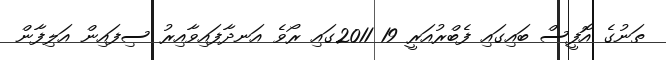
ތަނުގެ އޮފީސް ބައިގައި ފެބްރުއަރީ 19 2011ގައި ރޯވެ އަނދާފައިވާއިރު ސިފައިން އަލިފާން